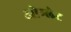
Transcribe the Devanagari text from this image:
ओम्लेट